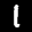
Label: 1